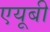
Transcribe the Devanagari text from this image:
एयूबी